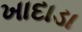
ખાદાડા